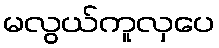
မလွယ်ကူလှပေ